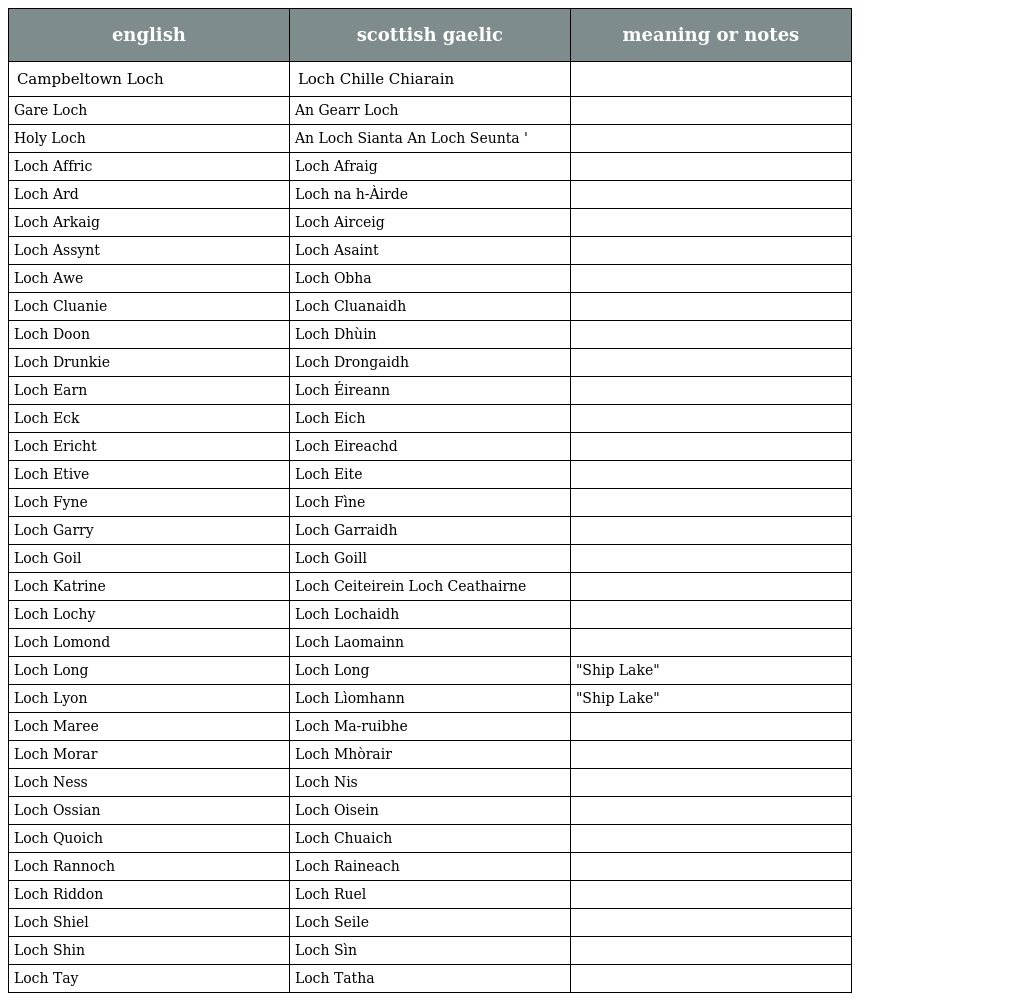
| english | scottish gaelic | meaning or notes |
 | --- | --- | --- |
 | Campbeltown Loch | Loch Chille Chiarain |  |
 | Gare Loch | An Gearr Loch |  |
 | Holy Loch | An Loch Sianta An Loch Seunta ' |  |
 | Loch Affric | Loch Afraig |  |
 | Loch Ard | Loch na h-Àirde |  |
 | Loch Arkaig | Loch Airceig |  |
 | Loch Assynt | Loch Asaint |  |
 | Loch Awe | Loch Obha |  |
 | Loch Cluanie | Loch Cluanaidh |  |
 | Loch Doon | Loch Dhùin |  |
 | Loch Drunkie | Loch Drongaidh |  |
 | Loch Earn | Loch Éireann |  |
 | Loch Eck | Loch Eich |  |
 | Loch Ericht | Loch Eireachd |  |
 | Loch Etive | Loch Eite |  |
 | Loch Fyne | Loch Fìne |  |
 | Loch Garry | Loch Garraidh |  |
 | Loch Goil | Loch Goill |  |
 | Loch Katrine | Loch Ceiteirein Loch Ceathairne |  |
 | Loch Lochy | Loch Lochaidh |  |
 | Loch Lomond | Loch Laomainn |  |
 | Loch Long | Loch Long | "Ship Lake" |
 | Loch Lyon | Loch Lìomhann | "Ship Lake" |
 | Loch Maree | Loch Ma-ruibhe |  |
 | Loch Morar | Loch Mhòrair |  |
 | Loch Ness | Loch Nis |  |
 | Loch Ossian | Loch Oisein |  |
 | Loch Quoich | Loch Chuaich |  |
 | Loch Rannoch | Loch Raineach |  |
 | Loch Riddon | Loch Ruel |  |
 | Loch Shiel | Loch Seile |  |
 | Loch Shin | Loch Sìn |  |
 | Loch Tay | Loch Tatha |  |